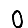
Digit: 0